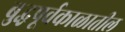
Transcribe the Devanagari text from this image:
बुद्धपूर्वकाळातील